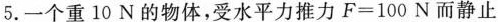
5.一个重10N的物体，受水平力推力F=100N而静止